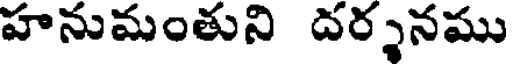
హనుమంతుని దర్శనము